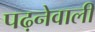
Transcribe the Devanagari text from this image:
पढ़नेवाली